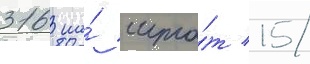
316 на́ шта́т 15/